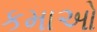
કમાઓ